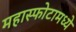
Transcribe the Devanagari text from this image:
महास्फोटामध्ये